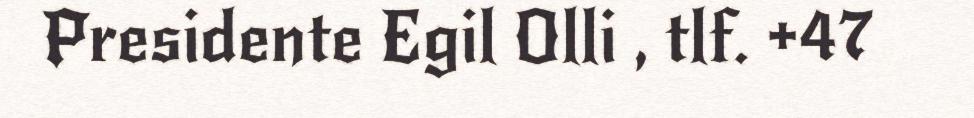
Presidente Egil Olli , tlf. +47